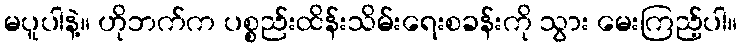
မပူပါနဲ့။ ဟိုဘက်က ပစ္စည်းထိန်းသိမ်းရေးစခန်းကို သွား မေးကြည့်ပါ။